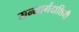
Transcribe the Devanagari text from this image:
सन्मार्गदार्शिनी